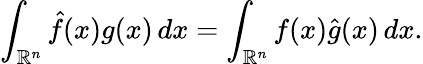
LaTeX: \int_{\mathbb{R}^{n}}{\hat{f}}(x)g(x)\, dx=\int_{\mathbb{R}^{n}}f(x){\hat{g}}(x)\, dx.